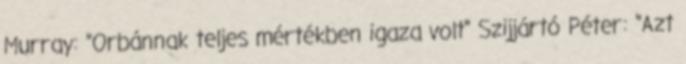
Murray: "Orbánnak teljes mértékben igaza volt" Szijjártó Péter: "Azt